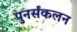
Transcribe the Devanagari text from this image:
पुनर्संकलन